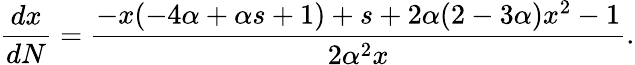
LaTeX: \frac{dx}{dN}=\frac{-x(-4\alpha+\alpha s+1)+s+2\alpha(2-3\alpha)x^{2}-1}{2\alpha^{2}x}.